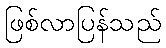
ဖြစ်လာပြန်သည်